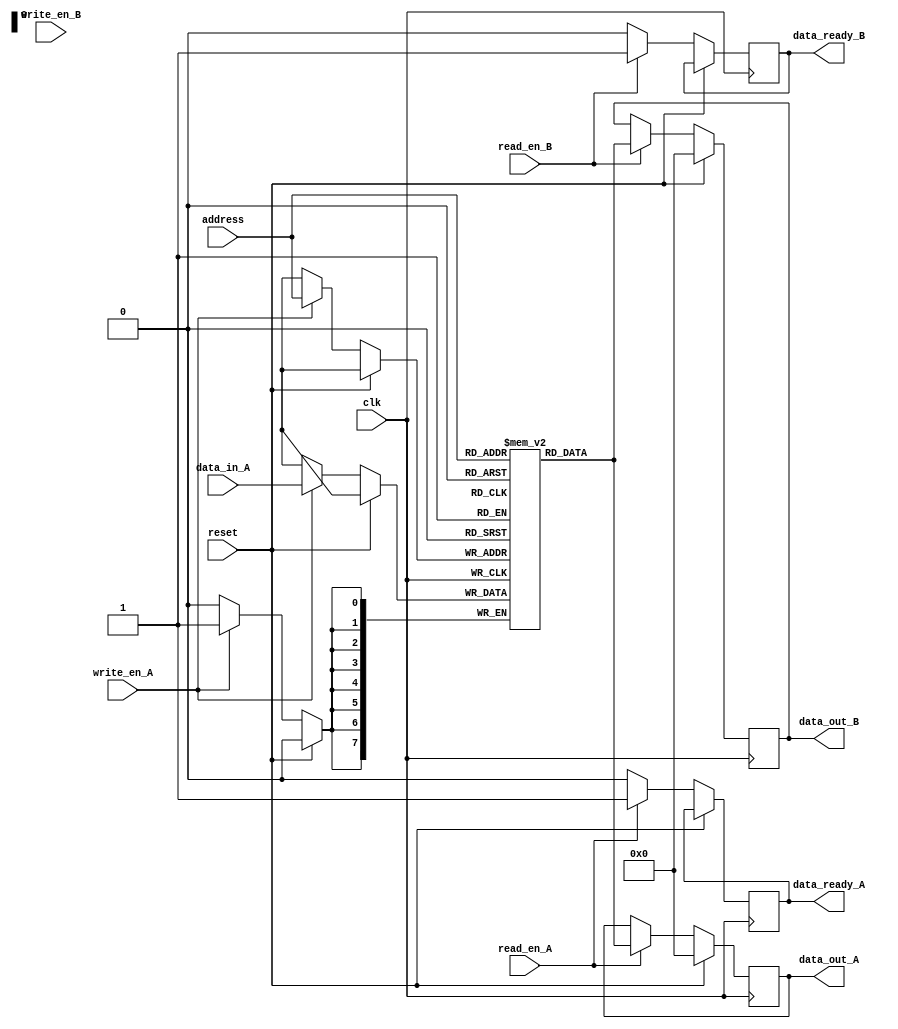
module dual_port_RAM(
    input wire clk,
    input wire reset,
    input wire write_en_A,
    input wire read_en_A,
    input wire write_en_B,
    input wire read_en_B,
    input wire [7:0] data_in_A,
    output reg [7:0] data_out_A,
    output reg [7:0] data_out_B,
    input wire [7:0] address,
    output wire data_ready_A,
    output wire data_ready_B
);

reg [7:0] memory [0:255];

always @(posedge clk) begin
    if (reset) begin
        data_out_A <= 8'b0;
        data_out_B <= 8'b0;
    end else begin
        if (write_en_A) begin
            memory[address] <= data_in_A;
        end
        if (read_en_A) begin
            data_out_A <= memory[address];
            data_ready_A <= 1;
        end else begin
            data_ready_A <= 0;
        end
        if (read_en_B) begin
            data_out_B <= memory[address];
            data_ready_B <= 1;
        end else begin
            data_ready_B <= 0;
        end
    end
end

endmodule